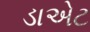
ડાએટ